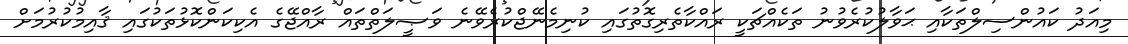
މިއަދު ކައުންސިލްތަކާއި ޙަވާލުކުރެވުނު ތަކެއްޗަކީ ރައްކާތެރިގޮތުގައި ކުނިމެނޭޖްކުރެވޭނެ ވަޞީލަތްތައް ރާއްޖޭގެ އެކިކަންކޮޅުތަކުގައި ޤާއިމުކުރުމަށް